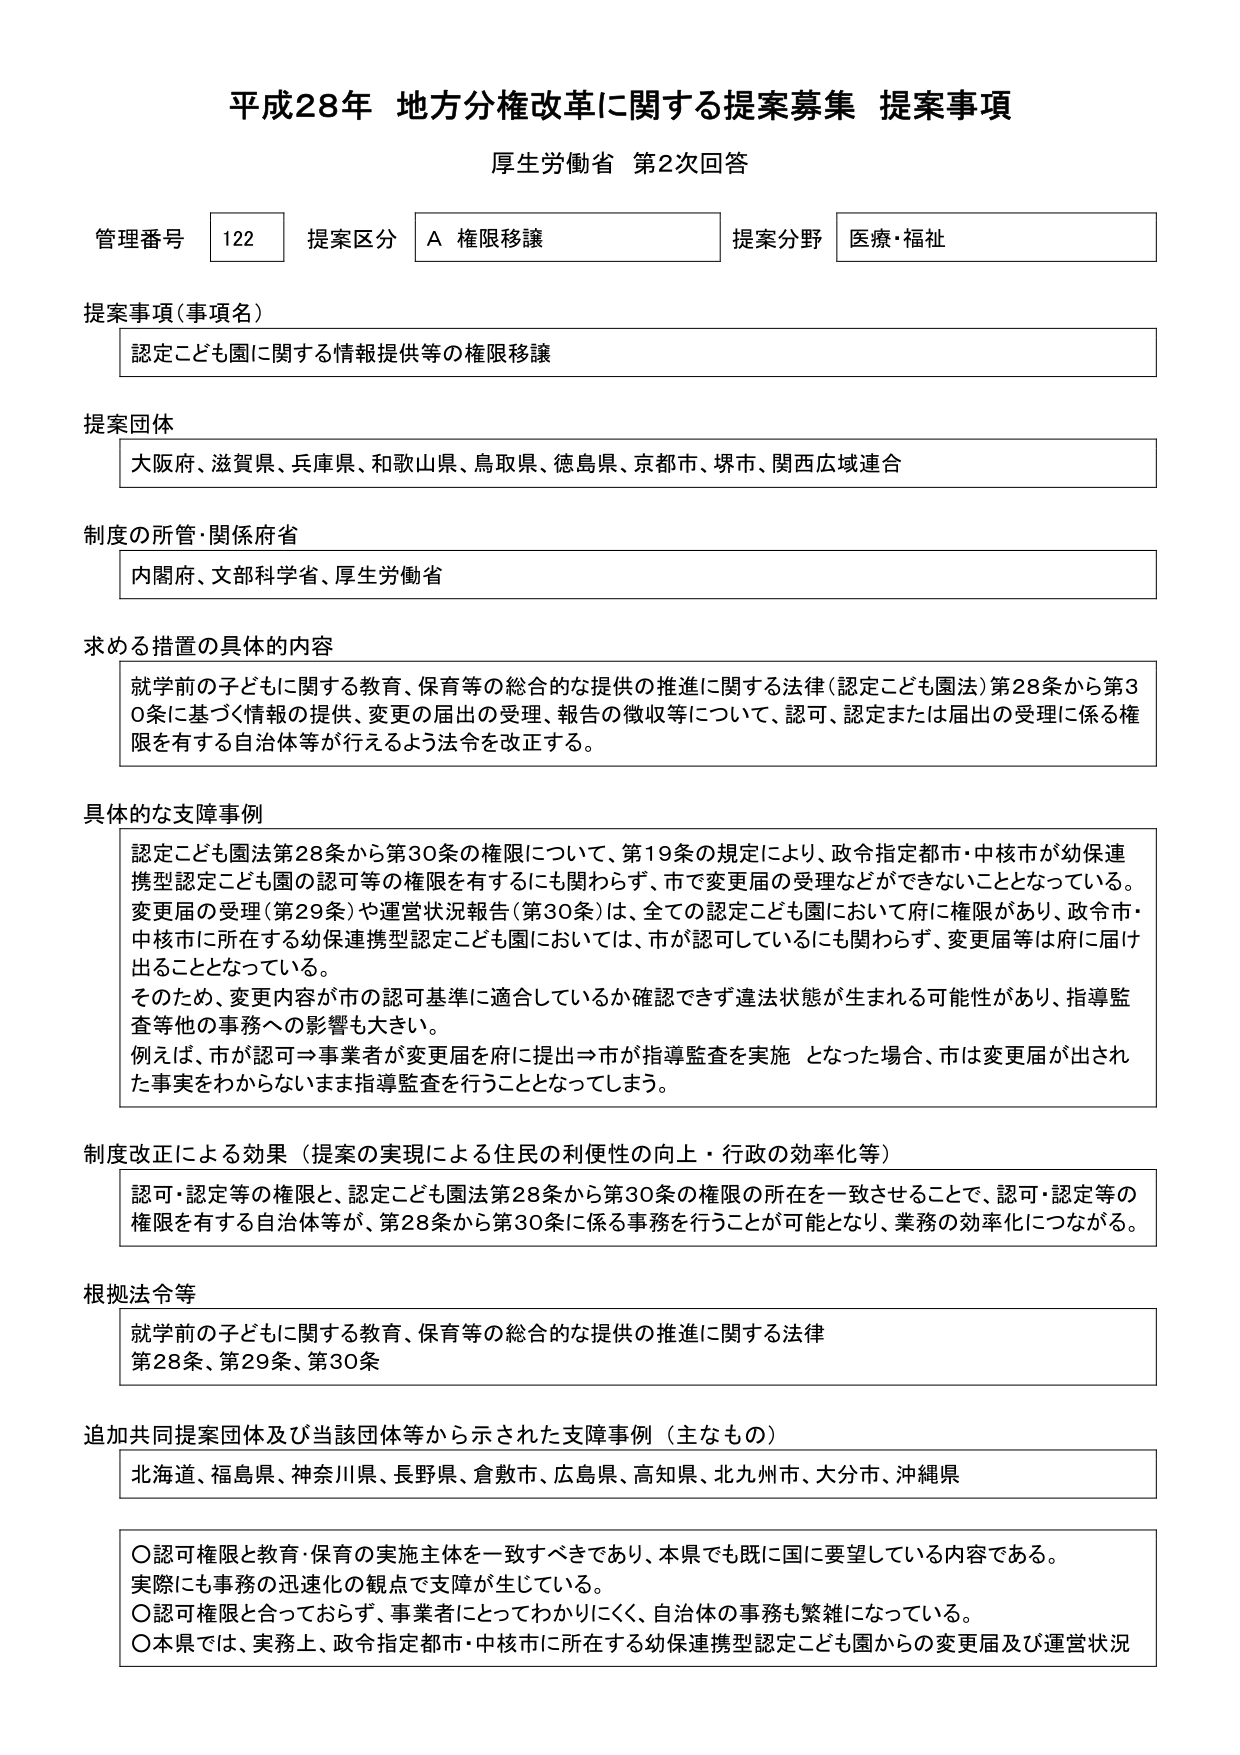
平成28年 地方分権改革に関する提案募集 提案事項
厚生労働省 第2次回答

管理番号 122 提案区分 A 権限移譲 提案分野 医療・福祉

提案事項（事項名）
認定こども園に関する情報提供等の権限移譲

提案団体
大阪府、滋賀県、兵庫県、和歌山県、鳥取県、徳島県、京都市、堺市、関西広域連合

制度の所管・関係府省
内閣府、文部科学省、厚生労働省

求める措置の具体的内容
就学前の子どもに関する教育、保育等の総合的な提供の推進に関する法律（認定こども園法）第28条から第30条に基づく情報の提供、変更の届出の受理、報告の徴収等について、認可、認定または届出の受理に係る権限を有する自治体等が行えるよう法令を改正する。

具体的な支障事例
認定こども園法第28条から第30条の権限について、第19条の規定により、政令指定都市・中核市が幼保連携型認定こども園の認可等の権限を有するにも関わらず、市で変更届の受理などができなくなることとなっている。変更届の受理（第29条）や運営状況報告（第30条）は、全ての認定こども園において府に権限があり、政令市・中核市に所在する幼保連携型認定こども園においては、市が認可しているにも関わらず、変更届等は府に届け出ることとなっている。
そのため、変更内容が市の認可基準に適合しているか確認できず違法状態が生まれる可能性があり、指導監査等他の事務への影響も大きい。
例えば、市が認可⇒事業者が変更届を府に提出⇒市が指導監査を実施 となった場合、市は変更届が出された事実を知らないまま指導監査を行うこととなってしまう。

制度改正による効果（提案の実現による住民の利便性の向上・行政の効率化等）
認可・認定等の権限と、認定こども園法第28条から第30条の権限の所在を一致させることで、認可・認定等の権限を有する自治体等が、第28条から第30条に係る事務を行うことが可能となり、業務の効率化につながる。

根拠法令等
就学前の子どもに関する教育、保育等の総合的な提供の推進に関する法律
第28条、第29条、第30条

追加共同提案団体及び当該団体等から示された支障事例（主なもの）
北海道、福島県、神奈川県、長野県、倉敷市、広島県、高知県、北九州市、大分市、沖縄県

〇認可権限と教育・保育の実施主体を一致すべきであり、本県でも既に国に要望している内容である。
実際にも事務の迅速化の観点で支障が生じている。
〇認可権限と合っておらず、事業者にとってわかりにくく、自治体の事務も繁雑になっている。
〇本県では、実務上、政令指定都市・中核市に所在する幼保連携型認定こども園からの変更届及び運営状況